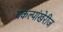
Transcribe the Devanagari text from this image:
प्रकल्पांखेरीज